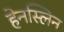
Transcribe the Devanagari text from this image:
हेनस्लिन